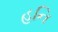
હનિ